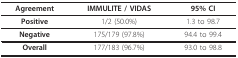
<table><thead><tr><td><b>Agreement</b></td><td><b>IMMULITE / VIDAS</b></td><td><b>95% CI</b></td></tr></thead><tbody><tr><td><b>Positive</b></td><td>1/2 (50.0%)</td><td>1.3 to 98.7</td></tr><tr><td><b>Negative</b></td><td>175/179 (97.8%)</td><td>94.4 to 99.4</td></tr><tr><td><b>Overall</b></td><td>177/183 (96.7%)</td><td>93.0 to 98.8</td></tr></tbody></table>